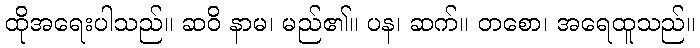
ထိုအရေးပါသည်။ ဆဝိ နာမ၊ မည်၏။ ပန၊ ဆက်။ တစော၊ အရေထူသည်။